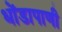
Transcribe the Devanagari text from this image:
धोंडापाणी